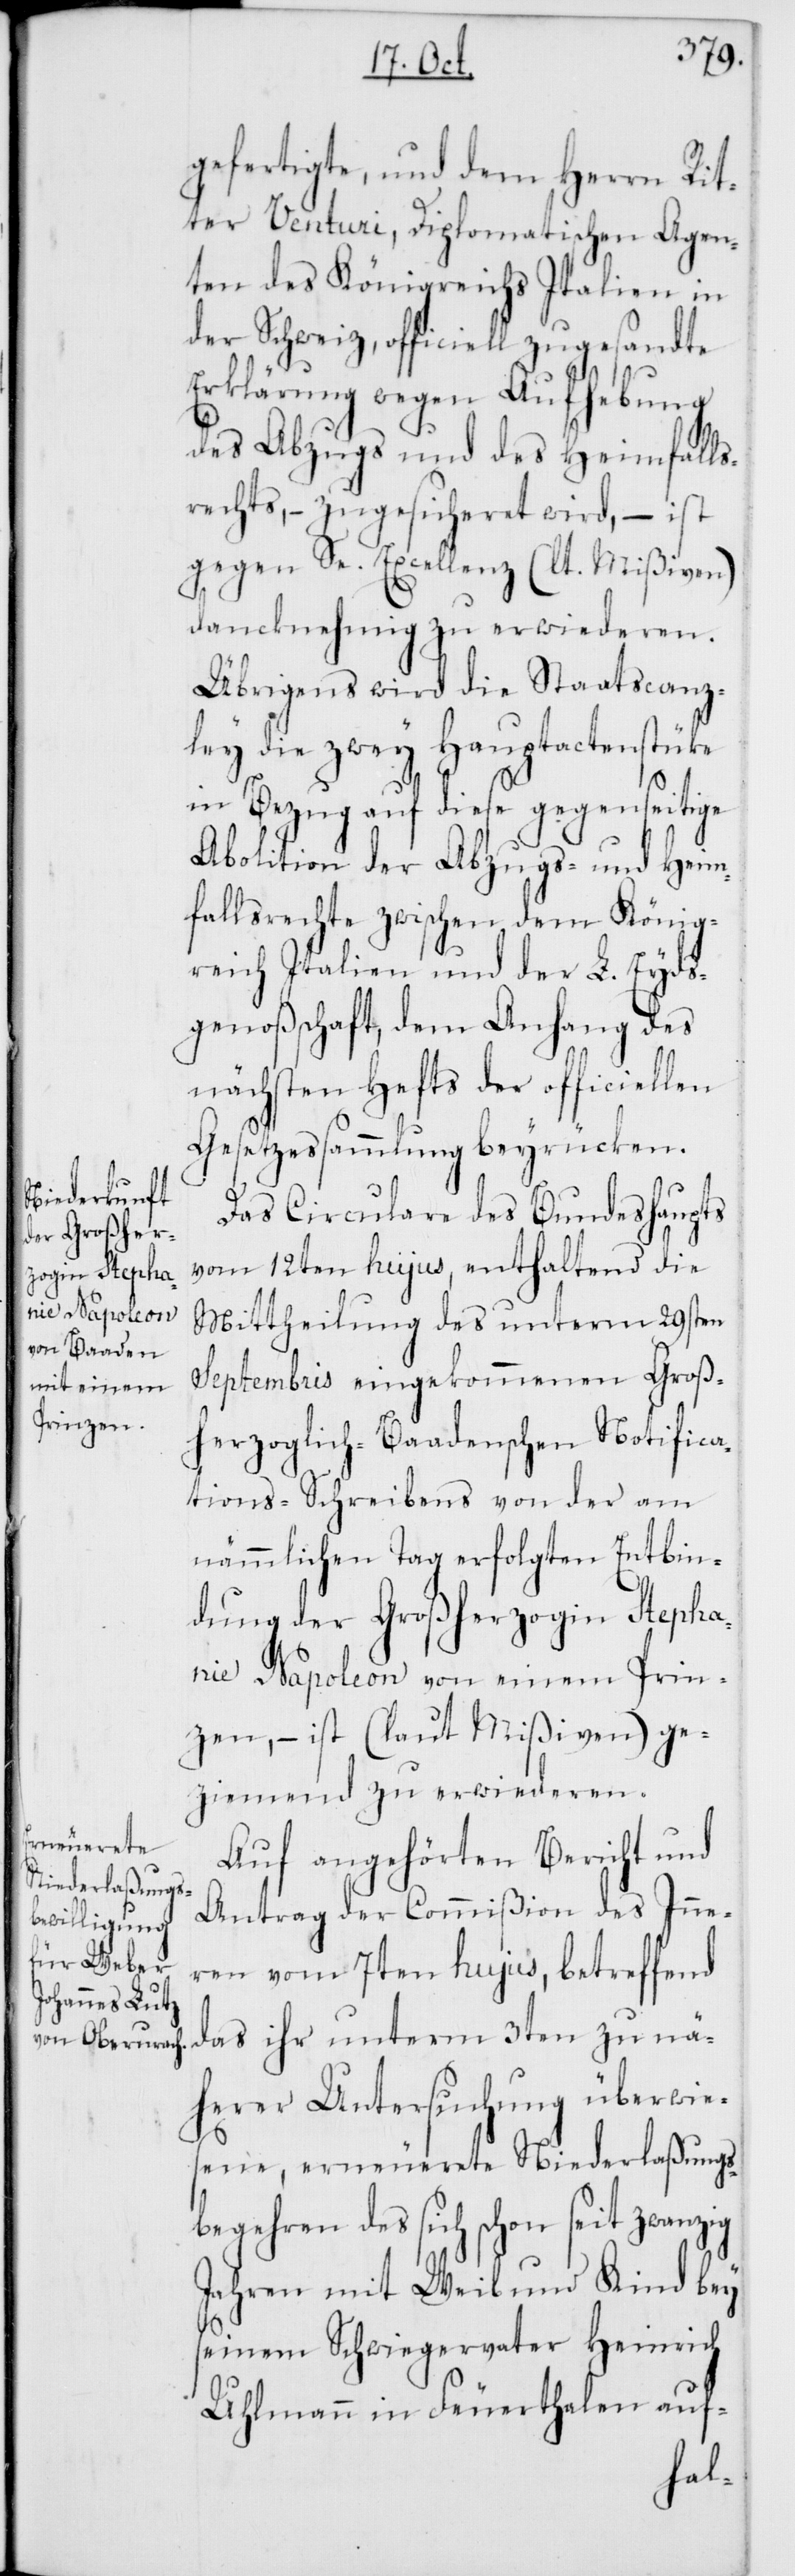
gefertigte, und dem Herrn Rit¬
ter Venturi, Diplomatischen Agen¬
ten des Königreichs Italien in
der Schweiz, officiell zugesandte
Erklärung wegen Aufhebung
des Abzugs und des Heimfalls¬
rechts, – zugesicheret wird, – ist
gegen Se. Excellenz (laut Mißiven)
danknehmig zu erwideren.
Übrigens wird die Staatscanz¬
ley die zwey Hauptactenstüke
in Bezug auf diese gegenseitige
Abolition der Abzugs- und Heim¬
fallsrechte zwischen dem König¬
reich Italien und der L. Eyds¬
genoßenschaft, dem Anhang des
nächsten Hefts der officiellen
Gesetzessammlung beyrücken.
Das Circulare des Bundeshaupts
vom 12ten hujus, enthaltend die
Mittheilung des unterm 29sten
Septembris eingekommenen Groß¬
herzoglich-Baadenschen Notifica¬
tions-Schreibens von der am
nämmlichen Tag erfolgten Entbin¬
dung der Großherzogin Stepha¬
nie Napoleon von einem Prin¬
zen, – ist (laut Mißiven) ge¬
ziemend zu erwideren.
Auf angehörten Bericht und
Antrag der Commißion des Inne¬
ren vom 7ten hujus, betreffend
das ihr unterm 3ten zu nä¬
herer Untersuchung überwie¬
sene, erneuerete Niederlaßungs¬
begehren des sich schon seit zwanzig
Jahren mit Weib und Kind bey
seinem Schwiegervater Heinrich
Uhlmann in Feuerthalen auf-